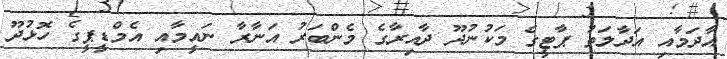
އާދަމާއި އަދާލަތު ޕާޓީގެ މަކުނުދޫ ދާއިރާގެ މެންބަރު އަނާރާ ނައީމާއި އެމްޑީޕީގެ ހޮޅުދޫ